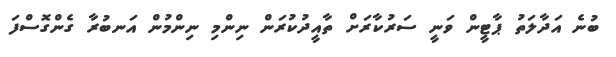
ބުނެ އަދާލަތު ޕާޓީން ވަނީ ސަރުކާރަށް ތާއީދުކުރަން ނިންމި ނިންމުން އަނބުރާ ގެންގޮސްފަ